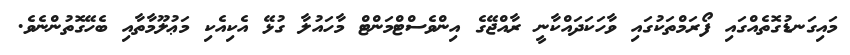
މައިގަނޑުގޮތެއްގައި ފޯރަމްތަކުގައި ވާހަކަދައްކާނީ ރާއްޖޭގެ އިންވެސްޓްމަންޓް މާހައުލާ ގުޅޭ އެކިއެކި މަޢުލޫމާތާއި ބެހޭގޮތުންނެވެ.